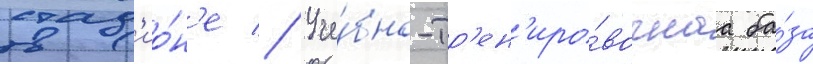
стад'ио́н'е // Уче́бно-тр'ен'иро́вочнаа ба́за